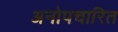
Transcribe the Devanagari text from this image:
अनोपचारित